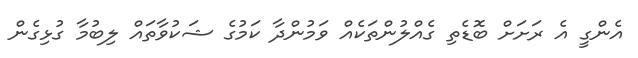
އެންގީ އެ ރަށަށް ބޮޑެތި ގެއްލުންތަކެއް ވަމުންދާ ކަމުގެ ޝަކުވާތައް ލިބުމާ ގުޅިގެން